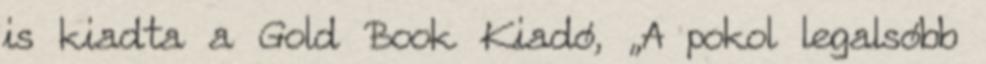
is ki­ad­ta a Gold Book Kiadó, „A pokol legalsóbb